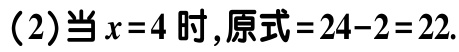
(2)当\(x = 4\)时，原式\(=24 - 2 = 22\).